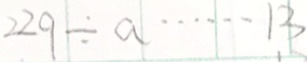
2 2 9 \div a \cdots 1 3